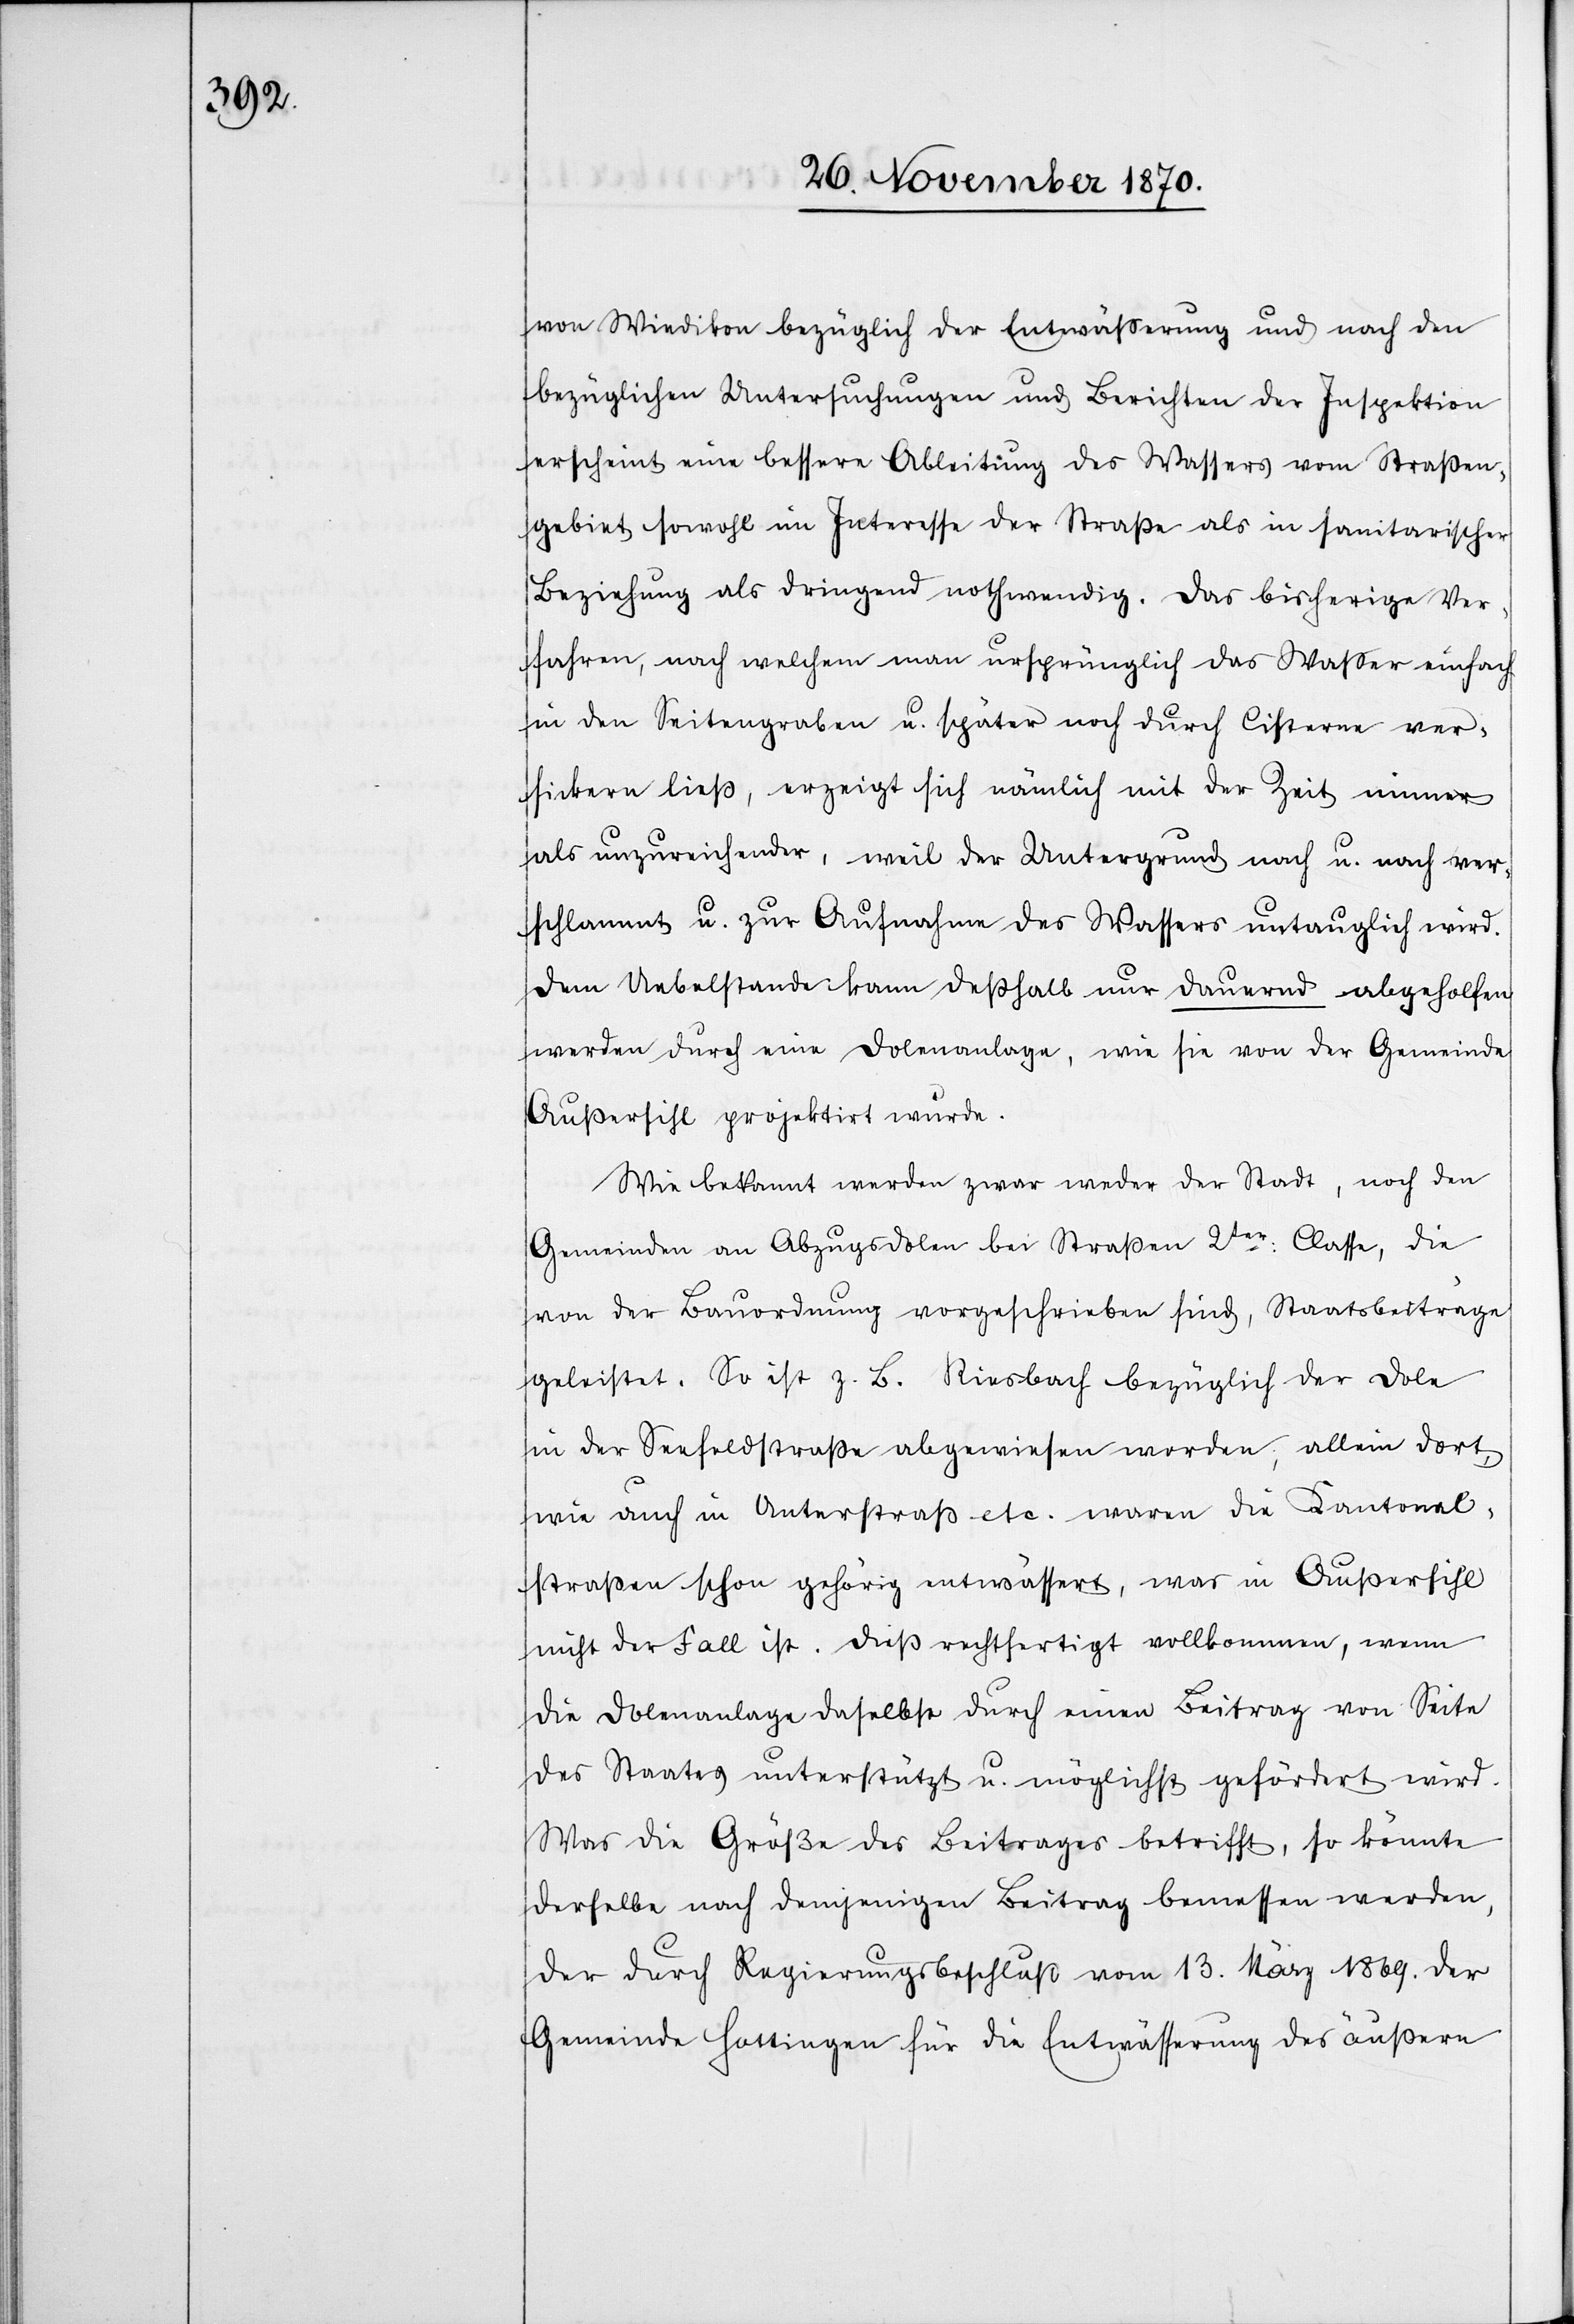
von Wiedikon bezüglich der Entwäßerung und nach den
bezüglichen Untersuchungen und Berichten der Inspektion
erscheint eine bessere Ableitung des Wassers vom Straßen¬
gebiet sowohl im Interesse der Straße als in sanitarischer
Beziehung als dringend nothwendig. Das bisherige Ver¬
fahren, nach welchem man ursprünglich das Waßer einfach
in den Seitengraben u. später noch durch Cisterne ver¬
sickern ließ, erzeigt sich nämlich mit der Zeit immer
als unzureichender, weil der Untergrund nach u. nach ver¬
schlammt u. zur Aufnahme des Wassers untauglich wird.
Dem Uebelstande kann deßhalb nur dauernd abgeholfen
werden durch eine Dolenanlage, wie sie von der Gemeinde
Außersihl projektirt wurde.
Wie bekannt werden zwar weder der Stadt, noch den
Gemeinden an Abzugsdolen bei Straßen 2ter Classe, die
von der Bauordnung vorgeschrieben sind, Staatsbeiträge
geleistet. So ist z. B. Riesbach bezüglich der Dole
in der Seefeldstraße abgewiesen worden, allein dort
wie auch in Unterstraß etc. waren die Kantonal¬
straßen schon gehörig entwässert, was in Außersihl
nicht der Fall ist. Dieß rechtfertigt vollkommen, wenn
die Dolenanlage daselbst durch einen Beitrag von Seite
des Staates unterstützt u. möglichst gefördert wird.
Was die Größe des Beitrages betrifft, so könnte
derselbe nach demjenigen Beitrag bemessen werden,
der durch Regierungsbeschluß vom 13. März 1869. der
Gemeinde Hottingen für die Entwässerung des äußern